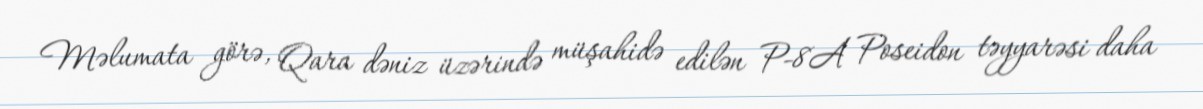
Məlumata görə, Qara dəniz üzərində müşahidə edilən P-8A Poseidon təyyarəsi daha